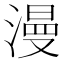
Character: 漫